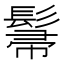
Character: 𮫌